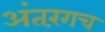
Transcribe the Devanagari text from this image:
अंतरंगच